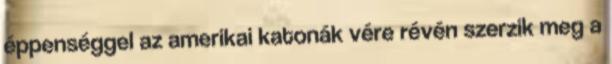
éppenséggel az amerikai katonák vére révén szerzik meg a